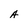
Character: A